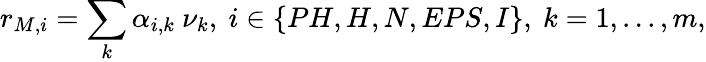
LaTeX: r_{M,i}=\sum_{k}\alpha_{i,k}\ \nu_{k},\ i\in\{ PH,H,N,EPS,I\} ,\ k=1,...,m,